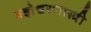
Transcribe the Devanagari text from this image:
यज्ञेश्वरशास्त्री